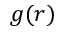
g ( r )